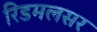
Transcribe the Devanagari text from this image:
रिडमलसर